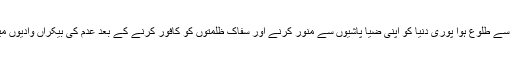
پنجاب پاکستان ) سے طلوع ہوا پوری دنیا کو اپنی ضیا پاشیوں سے منور کرنے اور سفاک ظلمتوں کو کافور کرنے کے بعد عدم کی بیکراں وادیوں میں غروب ہو گیا۔